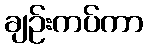
ချဉ်းကပ်ကာ